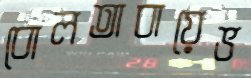
বোলতাবায়েভ